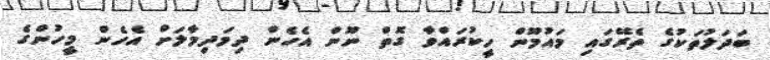
ބަދަލުތަކުގެ ތެރޭގައި މައުމޫން ހީކުރައްވާ ގޮތް ނޫން އެހެން ދިމަދިމާލަށް އެހެން މީހުންގެ